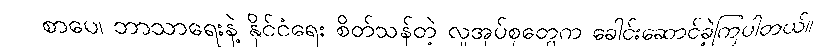
စာပေ၊ ဘာသာရေးနဲ့ နိုင်ငံရေး စိတ်သန်တဲ့ လူအုပ်စုတွေက ခေါင်းဆောင်ခဲ့ကြပါတယ်။